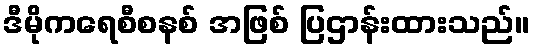
ဒီမိုကရေစီစနစ် အဖြစ် ပြဌာန်းထားသည်။